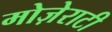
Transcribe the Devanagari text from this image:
मोज़ेराटी